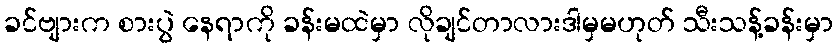
ခင်ဗျားက စားပွဲ နေရာကို ခန်းမထဲမှာ လိုချင်တာလားဒါမှမဟုတ် သီးသန့်ခန်းမှာ